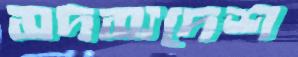
সদস্যদেশ